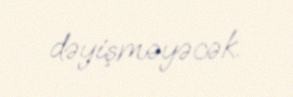
dəyişməyəcək.